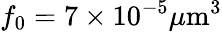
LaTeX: f_{0}=7\times 10^{-5}\mu\mathrm{m}^{3}